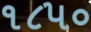
૧૮૫૦